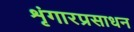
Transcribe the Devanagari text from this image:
शृंगारप्रसाधन